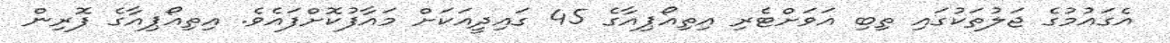
އެގައުމުގެ ޖަލުތަކުގައި ތިބި އަވަށްޓެރި އިތިއޯޕިއާގެ 45 ގައިދީއަކަށް މައާފުކޮށްފައެވެ. އިތިއޯޕިއާގެ ފޮރިން